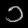
Digit: ၁